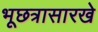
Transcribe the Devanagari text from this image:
भूछत्रासारखे